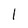
Character: l